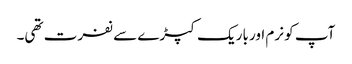
آپ کو نرم اور باریک کپڑے سے نفرت تھی۔